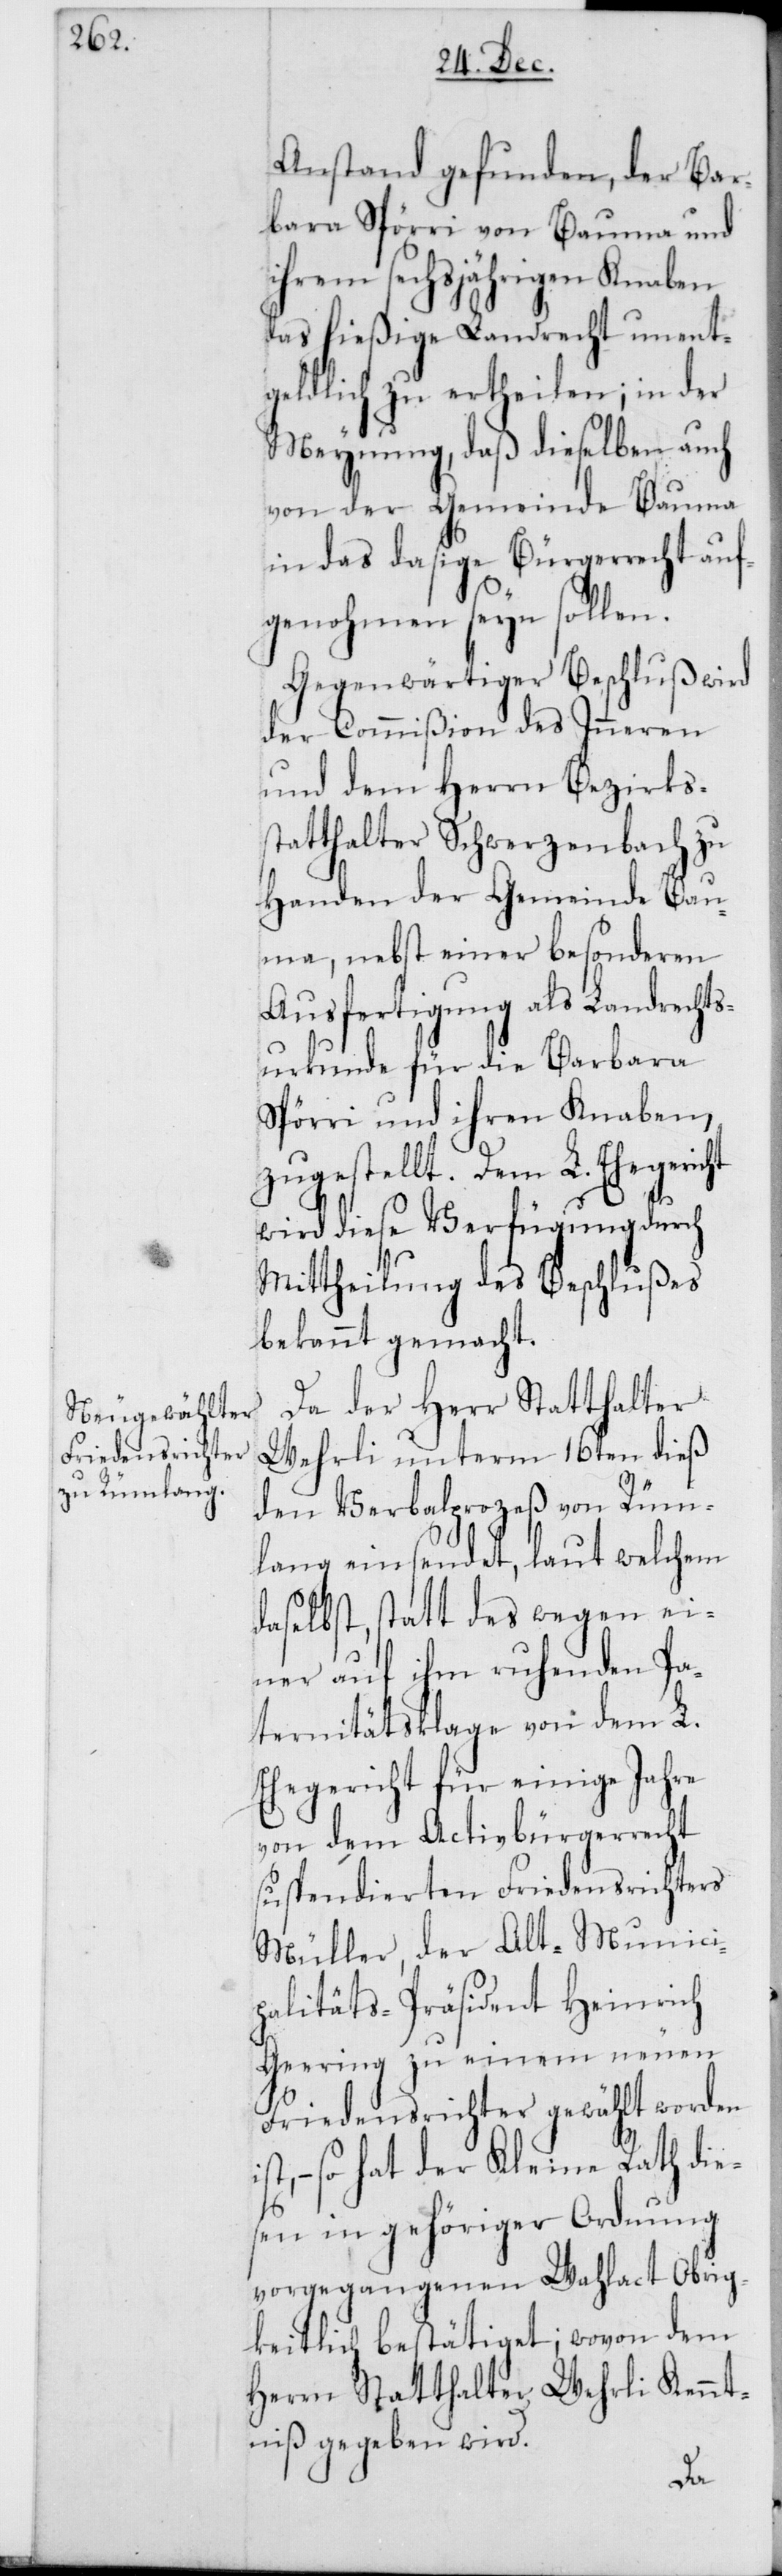
Anstand gefunden, der Bar¬
bara Spörri von Bauma und
ihrem sechsjährigen Knaben
das hießige Landrecht unent¬
geldlich zu ertheilen; in der
Meynung, daß dieselben auch
von der Gemeinde Bauma
in das dasige Bürgerrecht auf¬
genohmen seyn sollen.
Gegenwärtiger Beschluß wird
der Commißion des Inneren
und dem Herrn Bezirks¬
statthalter Schwerzenbach zu
Handen der Gemeinde Bau¬
ma, nebst einer besonderen
Ausfertigung als Landrechts¬
urkunde für die Barbara
Spörri und ihren Knaben
zugestellt. Dem L. Ehegericht
wird diese Verfügung durch
Mittheilung des Beschlußes
bekannt gemacht.
Da der Herr Statthalter
Wehrli unterm 16ten dieß
den Verbalprozeß von Rüm¬
lang einsendet, laut welchem
daselbst, statt des wegen ei¬
ner auf ihm ruhenden Pa¬
ternitätsklage von dem L.
Ehegericht für einige Jahre
von dem Activbürgerrecht
suspendierten Friedensrichters
Müller, der Alt-Munici¬
palitäts-Präsident Heinrich
Geering zu einem neuen
Friedensrichter gewählt worden
so hat der Kleine Rath die¬
sen in gehöriger Ordnung
vorgegangenen Wahlact Obrig¬
keitlich bestätiget; wovon dem
Herrn Statthalter Wehrli Kennt¬
niß gegeben wird.